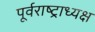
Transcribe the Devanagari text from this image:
पूर्वराष्ट्राध्यक्ष